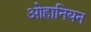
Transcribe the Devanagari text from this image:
ओहानियन